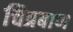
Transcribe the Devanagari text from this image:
चित्रबाण